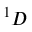
{ } ^ { 1 } D